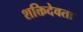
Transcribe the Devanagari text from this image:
शक्तिदेवता